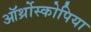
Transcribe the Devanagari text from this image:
ऑर्थ्रोस्कोपिया